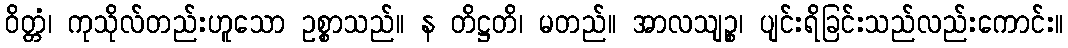
ဝိတ္တံ၊ ကုသိုလ်တည်းဟူသော ဥစ္စာသည်။ န တိဋ္ဌတိ၊ မတည်။ အာလသျဉ္စ၊ ပျင်းရိခြင်းသည်လည်းကောင်း။